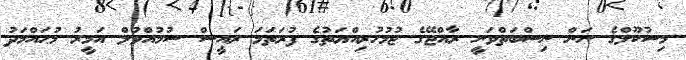
މިސުކޫލްގެ ނަން ނިސްބަތްވަނީ ރާއްޖޭގެ ޖުމުހުރިއްޔަތުގެ ފުރަތަމަ ރައީސް ސުމުއްވުލް އަމީރު މުޙައްމަދު